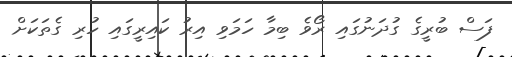
ފަސް ބުރީގެ ގުދަނުގައި ރޯވެ ބިމާ ހަމަވި އިރު ކައިރީގައި ހުރި ގެތަކަށް